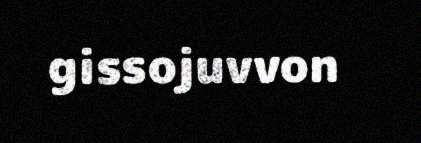
gissojuvvon